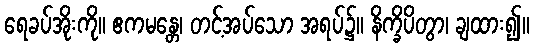
ရေခပ်အိုးကို။ ဧကမန္တေ၊ တင့်အပ်သော အရပ်၌။ နိက္ခိပိတွာ၊ ချထား၍။